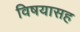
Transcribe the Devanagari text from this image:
विषयासह